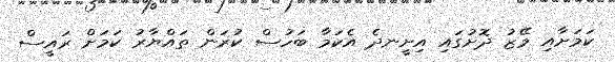
ކަމަށާއި މޭޒު ދޮށުގައި އިށީނދެ އެކަމާ ބަހުސް ކުރަން ތައްޔާރު ކަމަށް ރައީސް